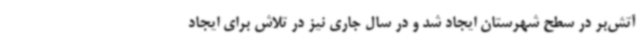
آتش‌بر در سطح شهرستان ایجاد شد و در سال جاری نیز در تلاش برای ایجاد